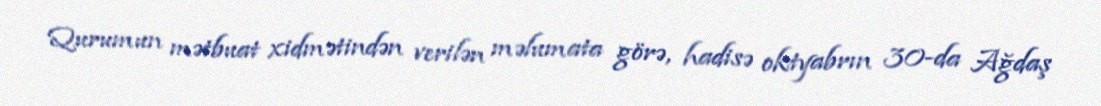
Qurumun mətbuat xidmətindən verilən məlumata görə, hadisə oktyabrın 30-da Ağdaş